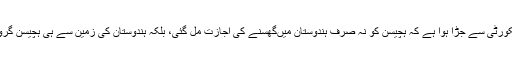
یہ مسئلہ صرف کروڑوں یا اربوں روپے کا ٹیکس ہڑپنے کا نہیںہے، یہ مسئلہ ملک کی سیکورٹی سے جڑا ہوا ہے کہ ہچیسن کو نہ صرف ہندوستان میںگھسنے کی اجازت مل گئی، بلکہ ہندوستان کی زمین سے ہی ہچیسن گروپ اور چینی فوج (پی ایل اے) کے بیچ کمیونکیشن لنک قائم کرنے کی بھی اجازت مل گئی۔